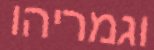
וגמריהו